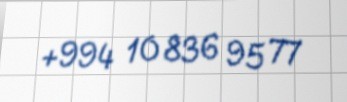
+994 10 836 95 77